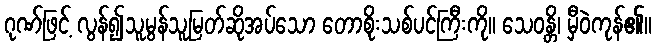
ဂုဏ်ဖြင့် လွန်၍သူမွန်သူမြတ်ဆိုအပ်သော တောစိုးသစ်ပင်ကြီးကို။ သေဝန္တိ၊ မှီဝဲကုန်၏။